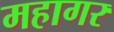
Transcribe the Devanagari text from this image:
महागर